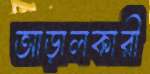
আড়ালকারী